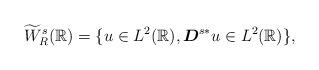
LaTeX: \begin{align*} \widetilde{W}^{s}_R(\mathbb{R})=\{u\in L^2(\mathbb{R}), \boldsymbol{D}^{s*} u\in L^2(\mathbb{R})\}, \end{align*}